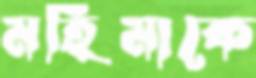
মহিমাকে